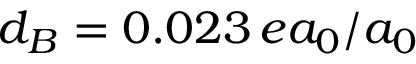
d _ { B } = 0 . 0 2 3 \, e a _ { 0 } / a _ { 0 }